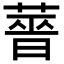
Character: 𬝶